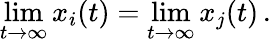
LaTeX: \operatorname*{lim}_{t\to\infty}x_{i}(t)=\operatorname*{lim}_{t\to\infty}x_{j}(t)\, .